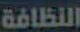
النظافة